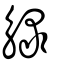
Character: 觮